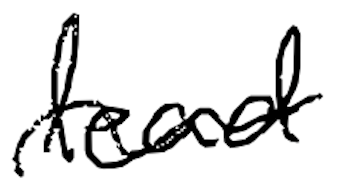
Text: lead
Cross-out: wave
Writing tool: digital_black